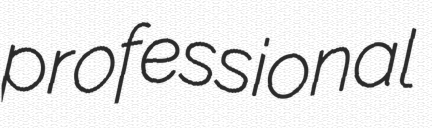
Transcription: professional